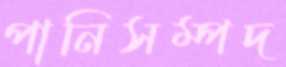
পানিসম্পদ